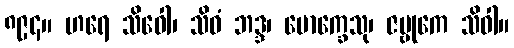
၈၉၄။ ဟရေ သိဝေါ၊ သိဝံ ဘဒ္ဒ၊ မောက္ခေသု၊ ဇမ္ဗုကေ သိဝါ။